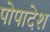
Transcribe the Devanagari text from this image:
पोपादेश